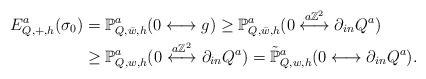
LaTeX: \begin{align*}E^a_{Q,+,h}(\sigma_0)&=\mathbb{P}^a_{Q,\bar{w},h}(0\longleftrightarrow g)\geq\mathbb{P}^a_{Q,\bar{w},h}(0\overset{a\mathbb{Z}^2}\longleftrightarrow \partial_{in} Q^a)\\&\geq \mathbb{P}^a_{Q,w,h}(0\overset{a\mathbb{Z}^2}\longleftrightarrow \partial_{in} Q^a)=\tilde{\mathbb{P}}^a_{Q,w,h}(0\longleftrightarrow\partial_{in} Q^a).\end{align*}